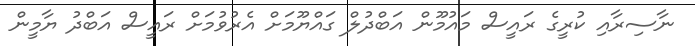
ނާސިރާއި ކުރީގެ ރައީސް މައުމޫން އަބްދުލް ގައްޔޫމަށް އެރުވުމަށް ރައީސް އަބްދު ޔާމީން